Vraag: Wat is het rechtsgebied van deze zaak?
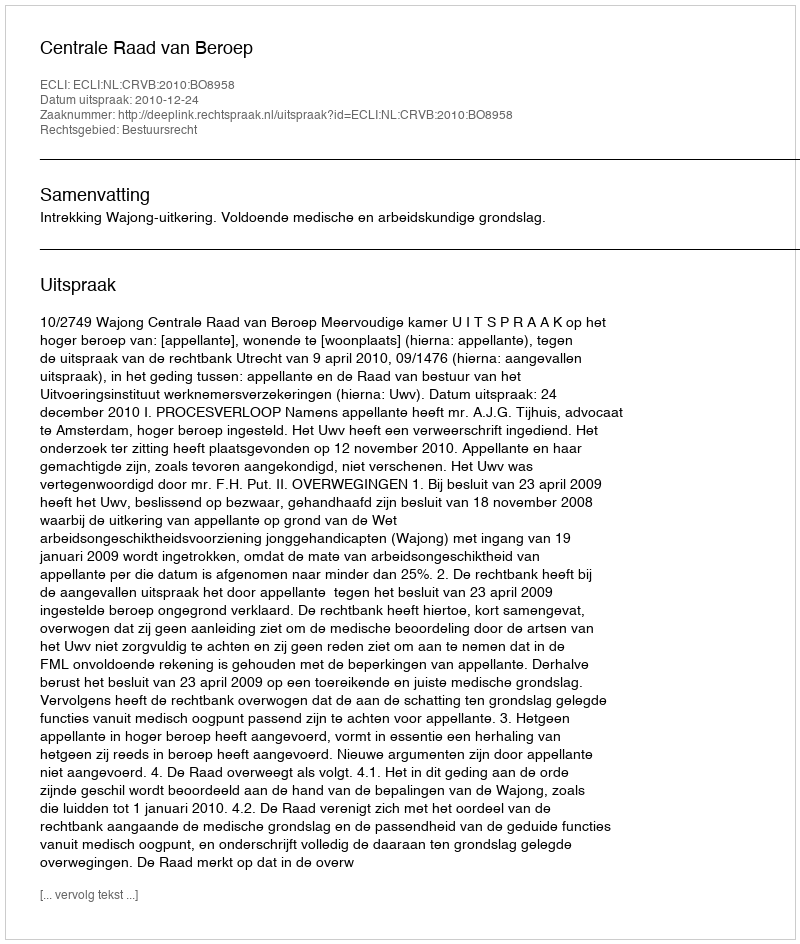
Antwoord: Bestuursrecht